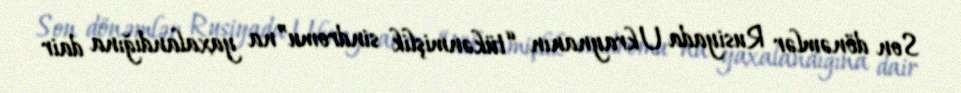
Son dönəmlər Rusiyada Ukraynanın “tükənmişlik sindromu”na yaxalandığına dair